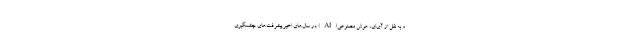
و به نقل از آی‌ای، هوش مصنوعی(AI) در سال‌های اخیر پیشرفت‌های چشمگیری